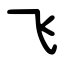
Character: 飞